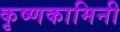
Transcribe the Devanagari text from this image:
कृष्णकामिनी